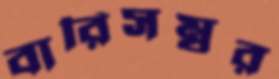
বারিসম্বর